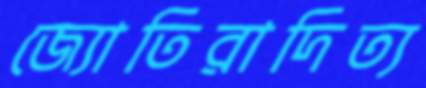
জ্যোতিরাদিত্য